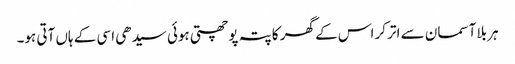
ہر بلا آسمان سے اتر کر اس کے گھر کا پتہ پوچھتی ہوئی سیدھی اسی کے ہاں آتی ہو۔